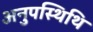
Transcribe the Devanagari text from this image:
अनुपस्थिथि